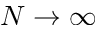
N \rightarrow \infty